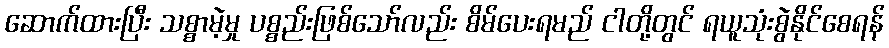
ဆောက်ထားပြီး သစ္စာမဲ့မှု ပစ္စည်းဖြစ်သော်လည်း စိမ်ပေးရမည် ငါတို့တွင် ရယူသုံးစွဲနိုင်စေရန်